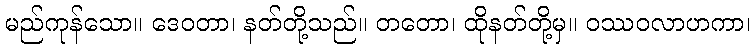
မည်ကုန်သော။ ဒေဝတာ၊ နတ်တို့သည်။ တတော၊ ထိုနတ်တို့မှ။ ဝဿဝလာဟကာ၊